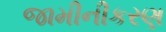
જામીનીકરણ